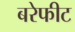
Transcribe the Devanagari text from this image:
बरेफीट